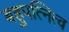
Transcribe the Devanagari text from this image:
बहुपत्नित्व